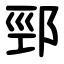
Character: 䣆